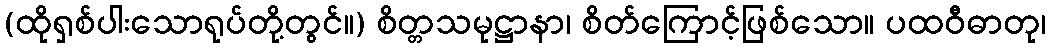
(ထိုရှစ်ပါးသောရုပ်တို့တွင်။) စိတ္တသမုဋ္ဌာနာ၊ စိတ်ကြောင့်ဖြစ်သော။ ပထဝီဓာတု၊